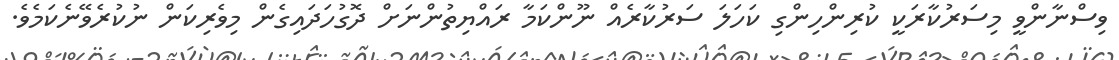
ވިސްނާންވީ މިސަރުކާރަކީ ކުރިންހިންގި ކަހަލަ ސަރުކާރެއް ނޫންކަމާ ރައްޔިތުންނަށް ދޮގުހަދައިގެން މިވެރިކަން ނުކުރެވޭނެކަމެވެ.